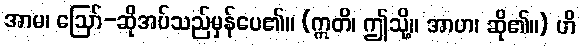
အာမ၊ ဩော်-ဆိုအပ်သည်မှန်ပေ၏။ (ဣတိ၊ ဤသို့။ အာဟ၊ ဆို၏။) ဟိ